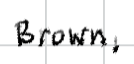
Text: Brown,
Cross-out: clean
Writing tool: digital_black